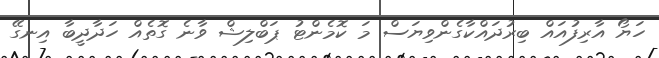
ހަޔޯ އާރިފުއައް ބިރުދައްކާގެންވިޔަސް މަ ކޮމެންޓު ޕަބްލިޝް ވާނެ ގޮތެއް ހަދާދީބާ އިނގޭ